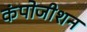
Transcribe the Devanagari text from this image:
कंपोजीशन